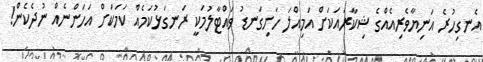
އެނގިހުރެ އަނިޔާވެރިއެއްގެ ޝިކާރައަކަށް އަމިއްލަ ހަށިގަނޑު ވައްޓާލުމަކީ ރަނގަޅުކަމެއް ކަމަކަށް އަހަންނެއް ނުދެކެން!